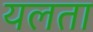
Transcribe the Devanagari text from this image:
यलता